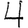
Digit: 4